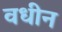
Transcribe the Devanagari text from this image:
वधीन